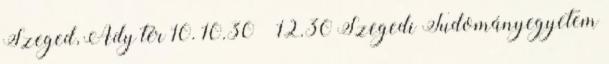
Szeged, Ady tér 10. 10.30 – 12.30 Szegedi Tudományegyetem